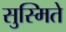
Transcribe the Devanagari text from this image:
सुस्मिते